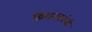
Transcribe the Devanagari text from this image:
द्विशतकांची